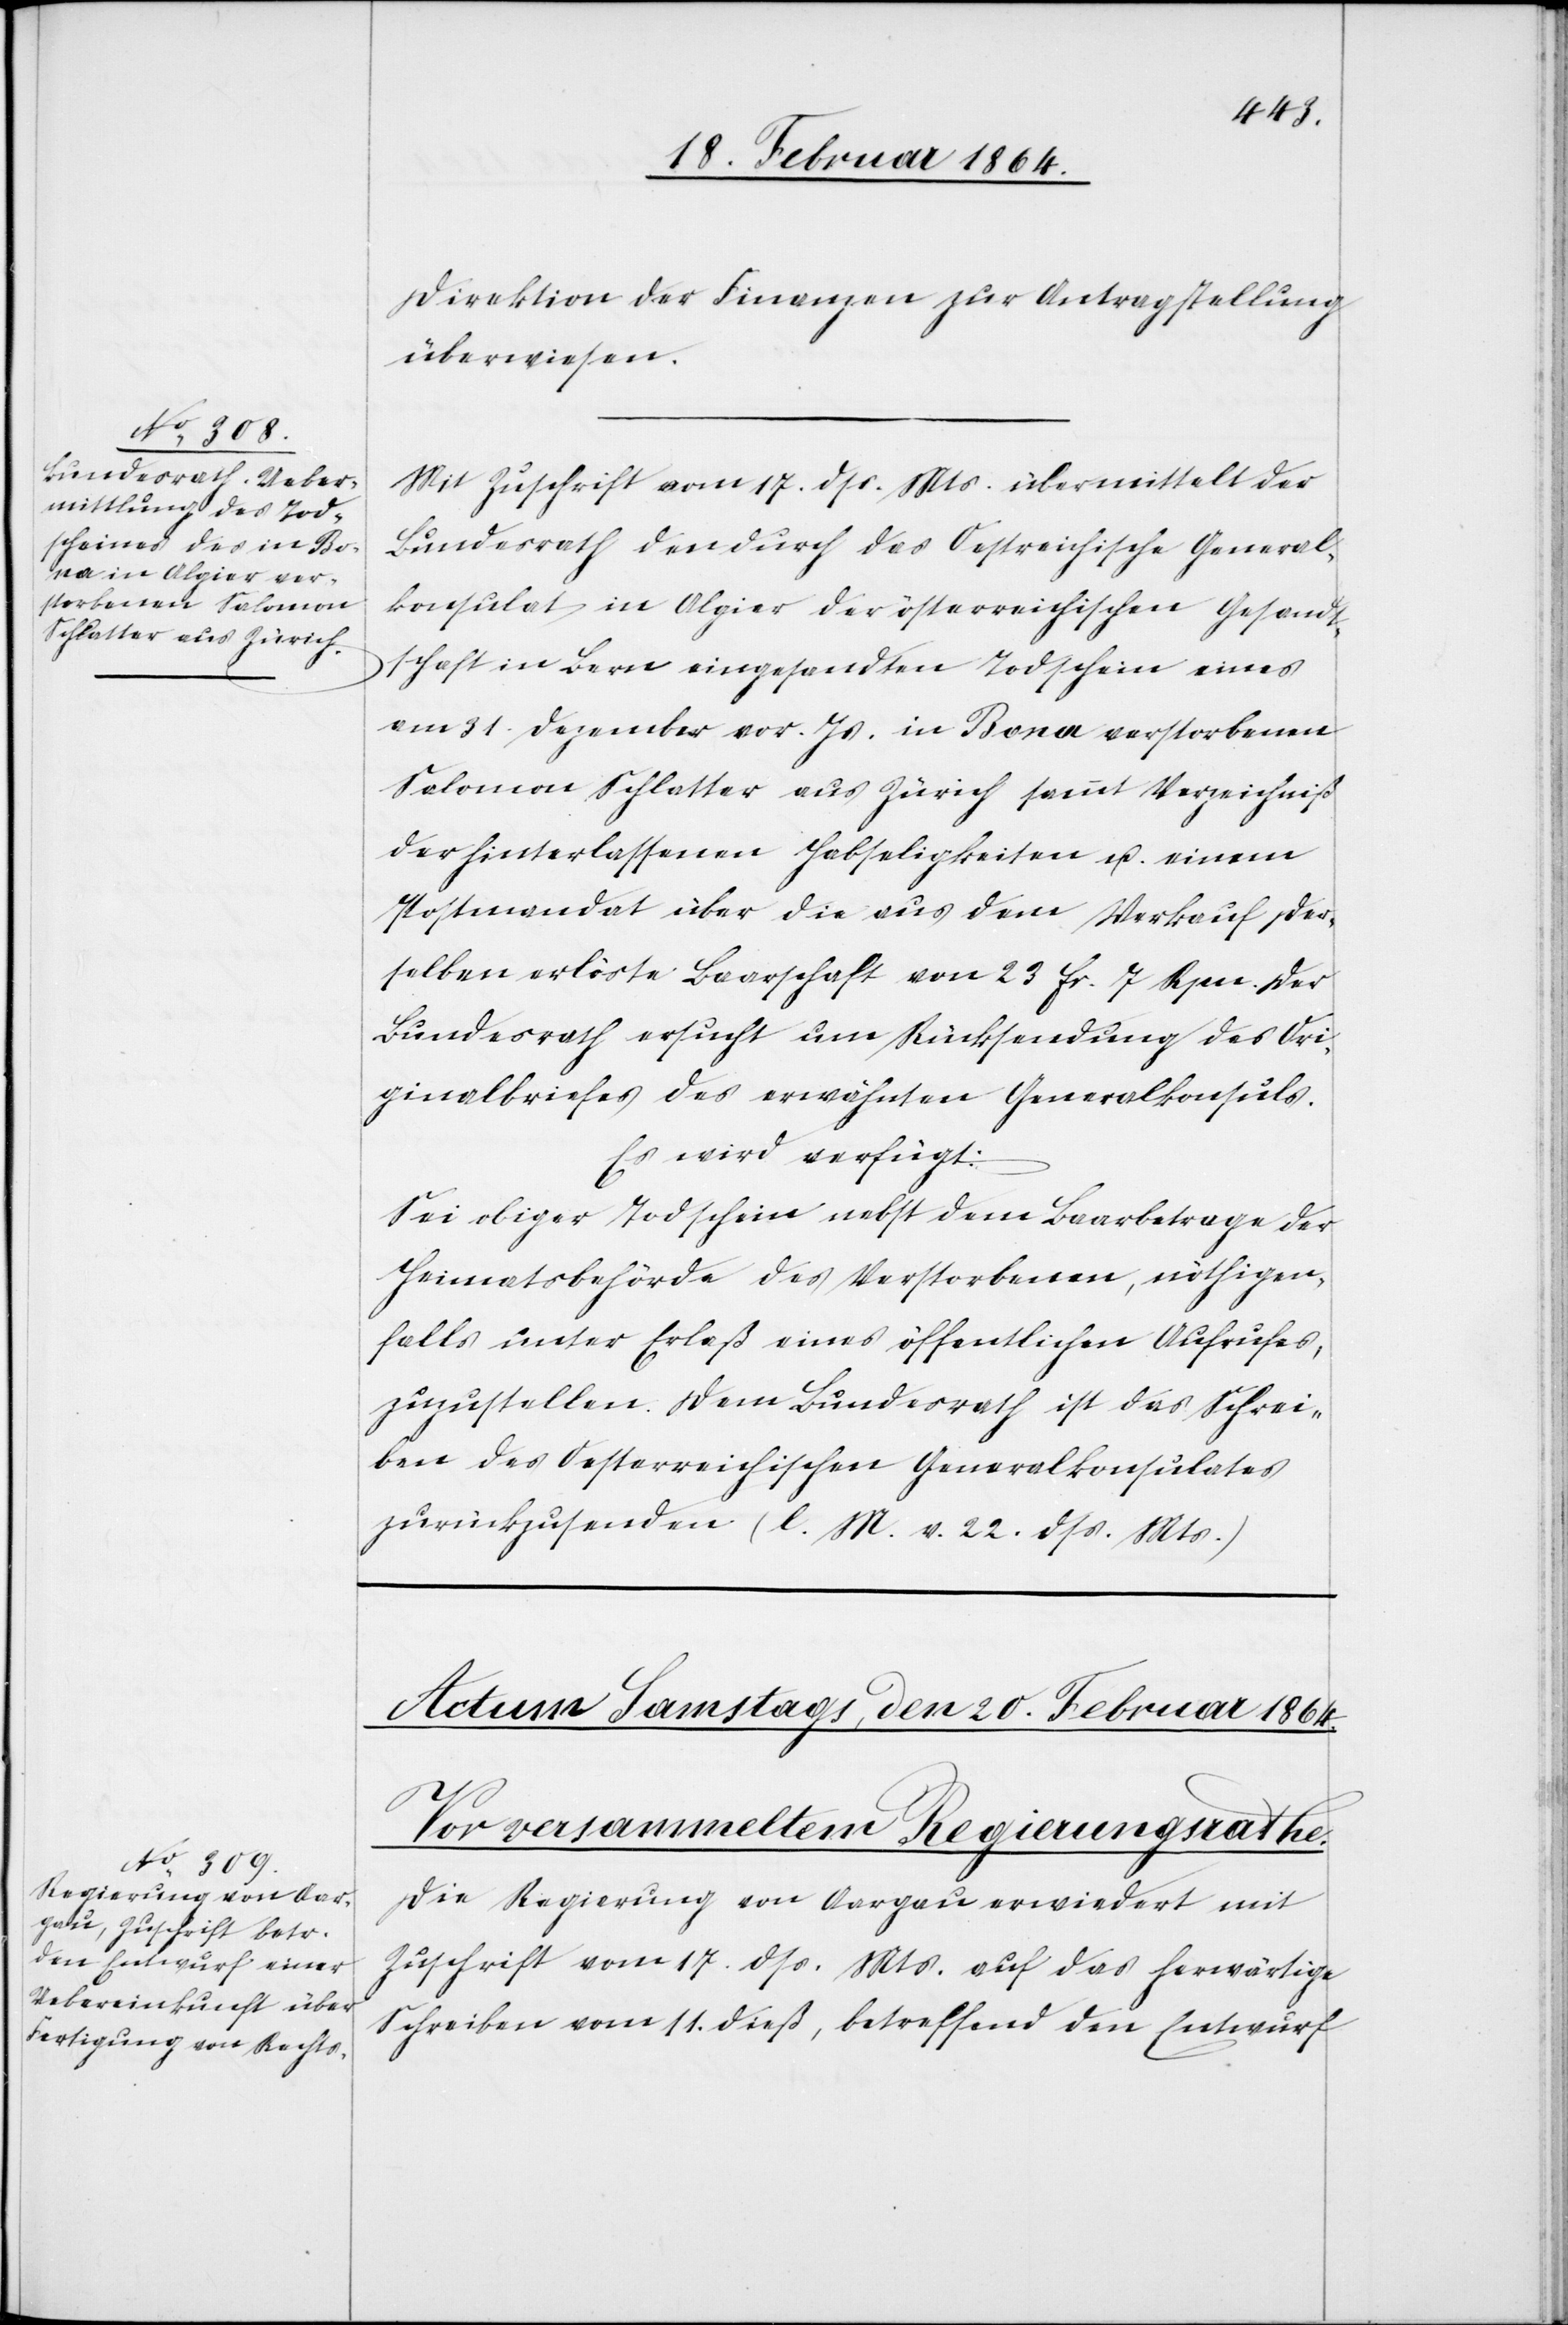
19. Februar 1864]
Direktion der Finanzen zur Antragstellung
überwiesen.
Mit Zuschrift vom 17. dss. Mts übermittelt der
Bundesrath den durch das Oestreichische General¬
konsulat in Algier der österreichischen Gesandt¬
schaft in Bern eingesandten Todschein eines
am 31. Dezember vor. Js. in Bona verstorbenen
Salomon Schlatter aus Zürich sammt Verzeichniß
der hinterlassenen Habseligkeiten u. einem
Postmandat über die aus dem Verkauf der¬
selben erlöste Baarschaft von 23 fr. 7 Rpn. Der
Bundesrath ersucht um Rücksendung des Ori¬
ginalbriefes des erwähnten Generalkonsuls.
Es wird verfügt:
Sei obiger Todschein nebst dem Baarbetrage der
Heimatsbehörde des Verstorbenen, nöthigen¬
falls unter Erlaß eines öffentlichen Aufrufes,
zuzustellen. Dem Bundesrath ist das Schrei¬
ben des Oesterreichischen Generalkonsulates
zurückzusenden (l. M. v. 22. dss. Mts.)
Die Regierung von Aargau erwiedert mit
Zuschrift vom 17. dss. Mts. auf das herwärtige
Schreiben vom 11. dieß, betreffend den Entwurf